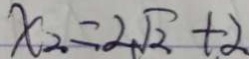
x _ { 2 } = 2 \sqrt { 2 } + 2